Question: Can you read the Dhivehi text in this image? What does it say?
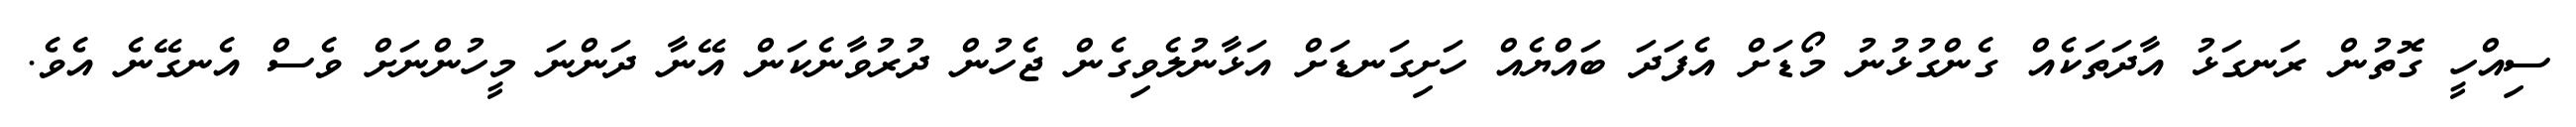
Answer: ސިއްހީ ގޮތުން ރަނގަޅު އާދަތަކެއް ގެންގުޅުނު މޯޑަށް އެފަދަ ބައްޔެއް ހަށިގަނޑަށް އަޅާނުލެވިގެން ޖެހުން ދުރުވާނެކަން އޭނާ ދަންނަ މީހުންނަށް ވެސް އެނގޭނެ އެވެ.